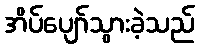
အိပ်ပျော်သွားခဲ့သည်